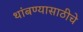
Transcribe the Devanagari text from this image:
थांबण्यासाठीचे